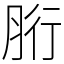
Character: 胻